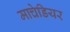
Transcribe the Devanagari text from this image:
माचेडियर